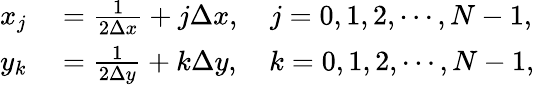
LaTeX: \begin{array}{rl}{x_{j}}&{{}=\frac{1}{2\Delta x}+j\Delta x,~~~~j=0,1,2,\cdots,N-1,}\\ {y_{k}}&{{}=\frac{1}{2\Delta y}+k\Delta y,~~~~k=0,1,2,\cdots,N-1,}\end{array}